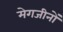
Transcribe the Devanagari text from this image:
मेगजीनों